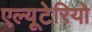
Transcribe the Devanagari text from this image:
एल्यूटेरियो